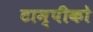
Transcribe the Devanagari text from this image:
टाम्पीको